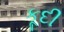
કૂદી